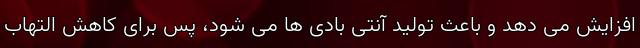
افزایش می دهد و باعث تولید آنتی بادی ها می شود، پس برای کاهش التهاب